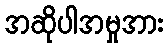
အဆိုပါအမှုအား